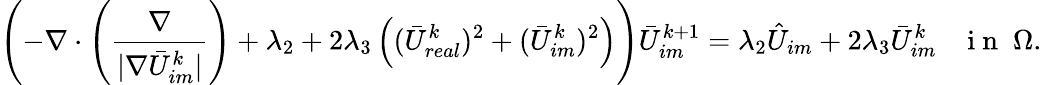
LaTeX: \left(-\nabla\cdot\left(\frac{\nabla}{|\nabla\bar{U}_{im}^{k}|}\right)+\lambda_{2}+2\lambda_{3}\left((\bar{U}_{real}^{k})^{2}+(\bar{U}_{im}^{k})^{2}\right)\right)\bar{U}_{im}^{k+1}=\lambda_{2}\hat{U}_{im}+2\lambda_{3}\bar{U}_{im}^{k}\; \; \; \mathrm{~i~n~}\; \Omega.